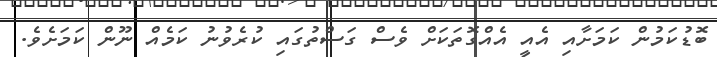
ބޮޑުކަމުން ކަމަށާއި އެއީ އެއްގޮތަކަށް ވެސް ގަސްތުގައި ކުރެވުނު ކަމެއް ނޫން ކަމަށެވެ.